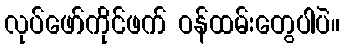
လုပ်ဖော်ကိုင်ဖက် ဝန်ထမ်းတွေပါပဲ။